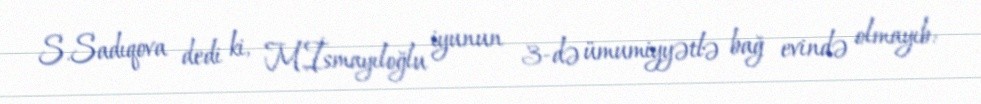
S.Sadıqova dedi ki, M.İsmayıloğlu iyunun 3-də ümumiyyətlə bağ evində olmayıb: